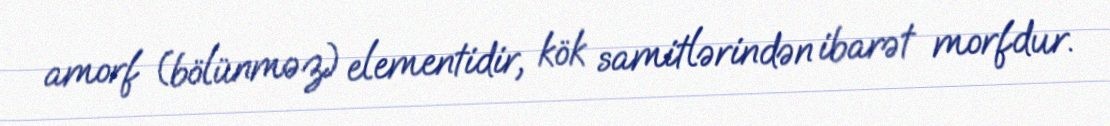
amorf (bölünməz) elementidir, kök samitlərindən ibarət morfdur.